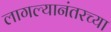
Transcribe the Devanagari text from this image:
लागल्यानंतरच्या